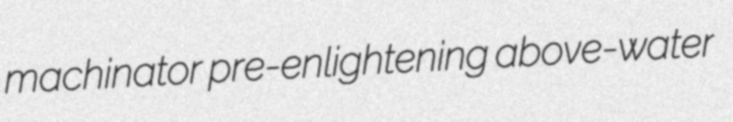
machinator pre-enlightening above-water